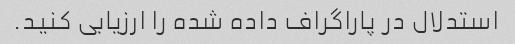
استدلال در پاراگراف داده شده را ارزیابی کنید.